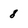
Character: 8